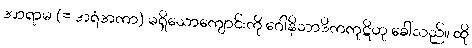
အာရာမ (= အရံအကာ) မရှိသောကျောင်းကို ဂေါနိသာဒိကကုဋိဟု ခေါ်သည်။ ထို